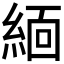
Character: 𬗟